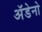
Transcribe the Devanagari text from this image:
अॅडेनो